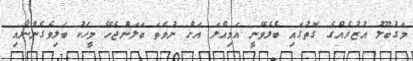
މަގުބޫލު އުޒުރެއްގެ ގޮތުގައި ބެލެވޭނީ އަމިއްލަ އަށް ނުވަތަ ބަލަންޖެހޭ މީހަކު ބަލިވެގެންނާއި